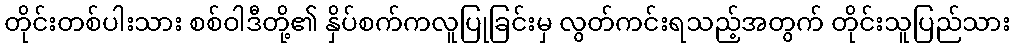
တိုင်းတစ်ပါးသား စစ်ဝါဒီတို့၏ နှိပ်စက်ကလူပြုခြင်းမှ လွတ်ကင်းရသည့်အတွက် တိုင်းသူပြည်သား